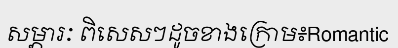
សម្ភារៈ ពិសេសៗដូចខាងក្រោម៖Romantic